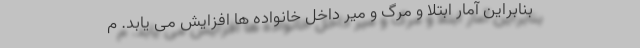
بنابراین آمار ابتلا و مرگ و میر داخل خانواده ها افزایش می یابد. م